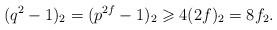
LaTeX: \begin{align*}(q^2-1)_2=(p^{2f}-1)_2\geqslant4(2f)_2=8f_2.\end{align*}